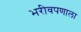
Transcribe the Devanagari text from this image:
भरीवपणाला